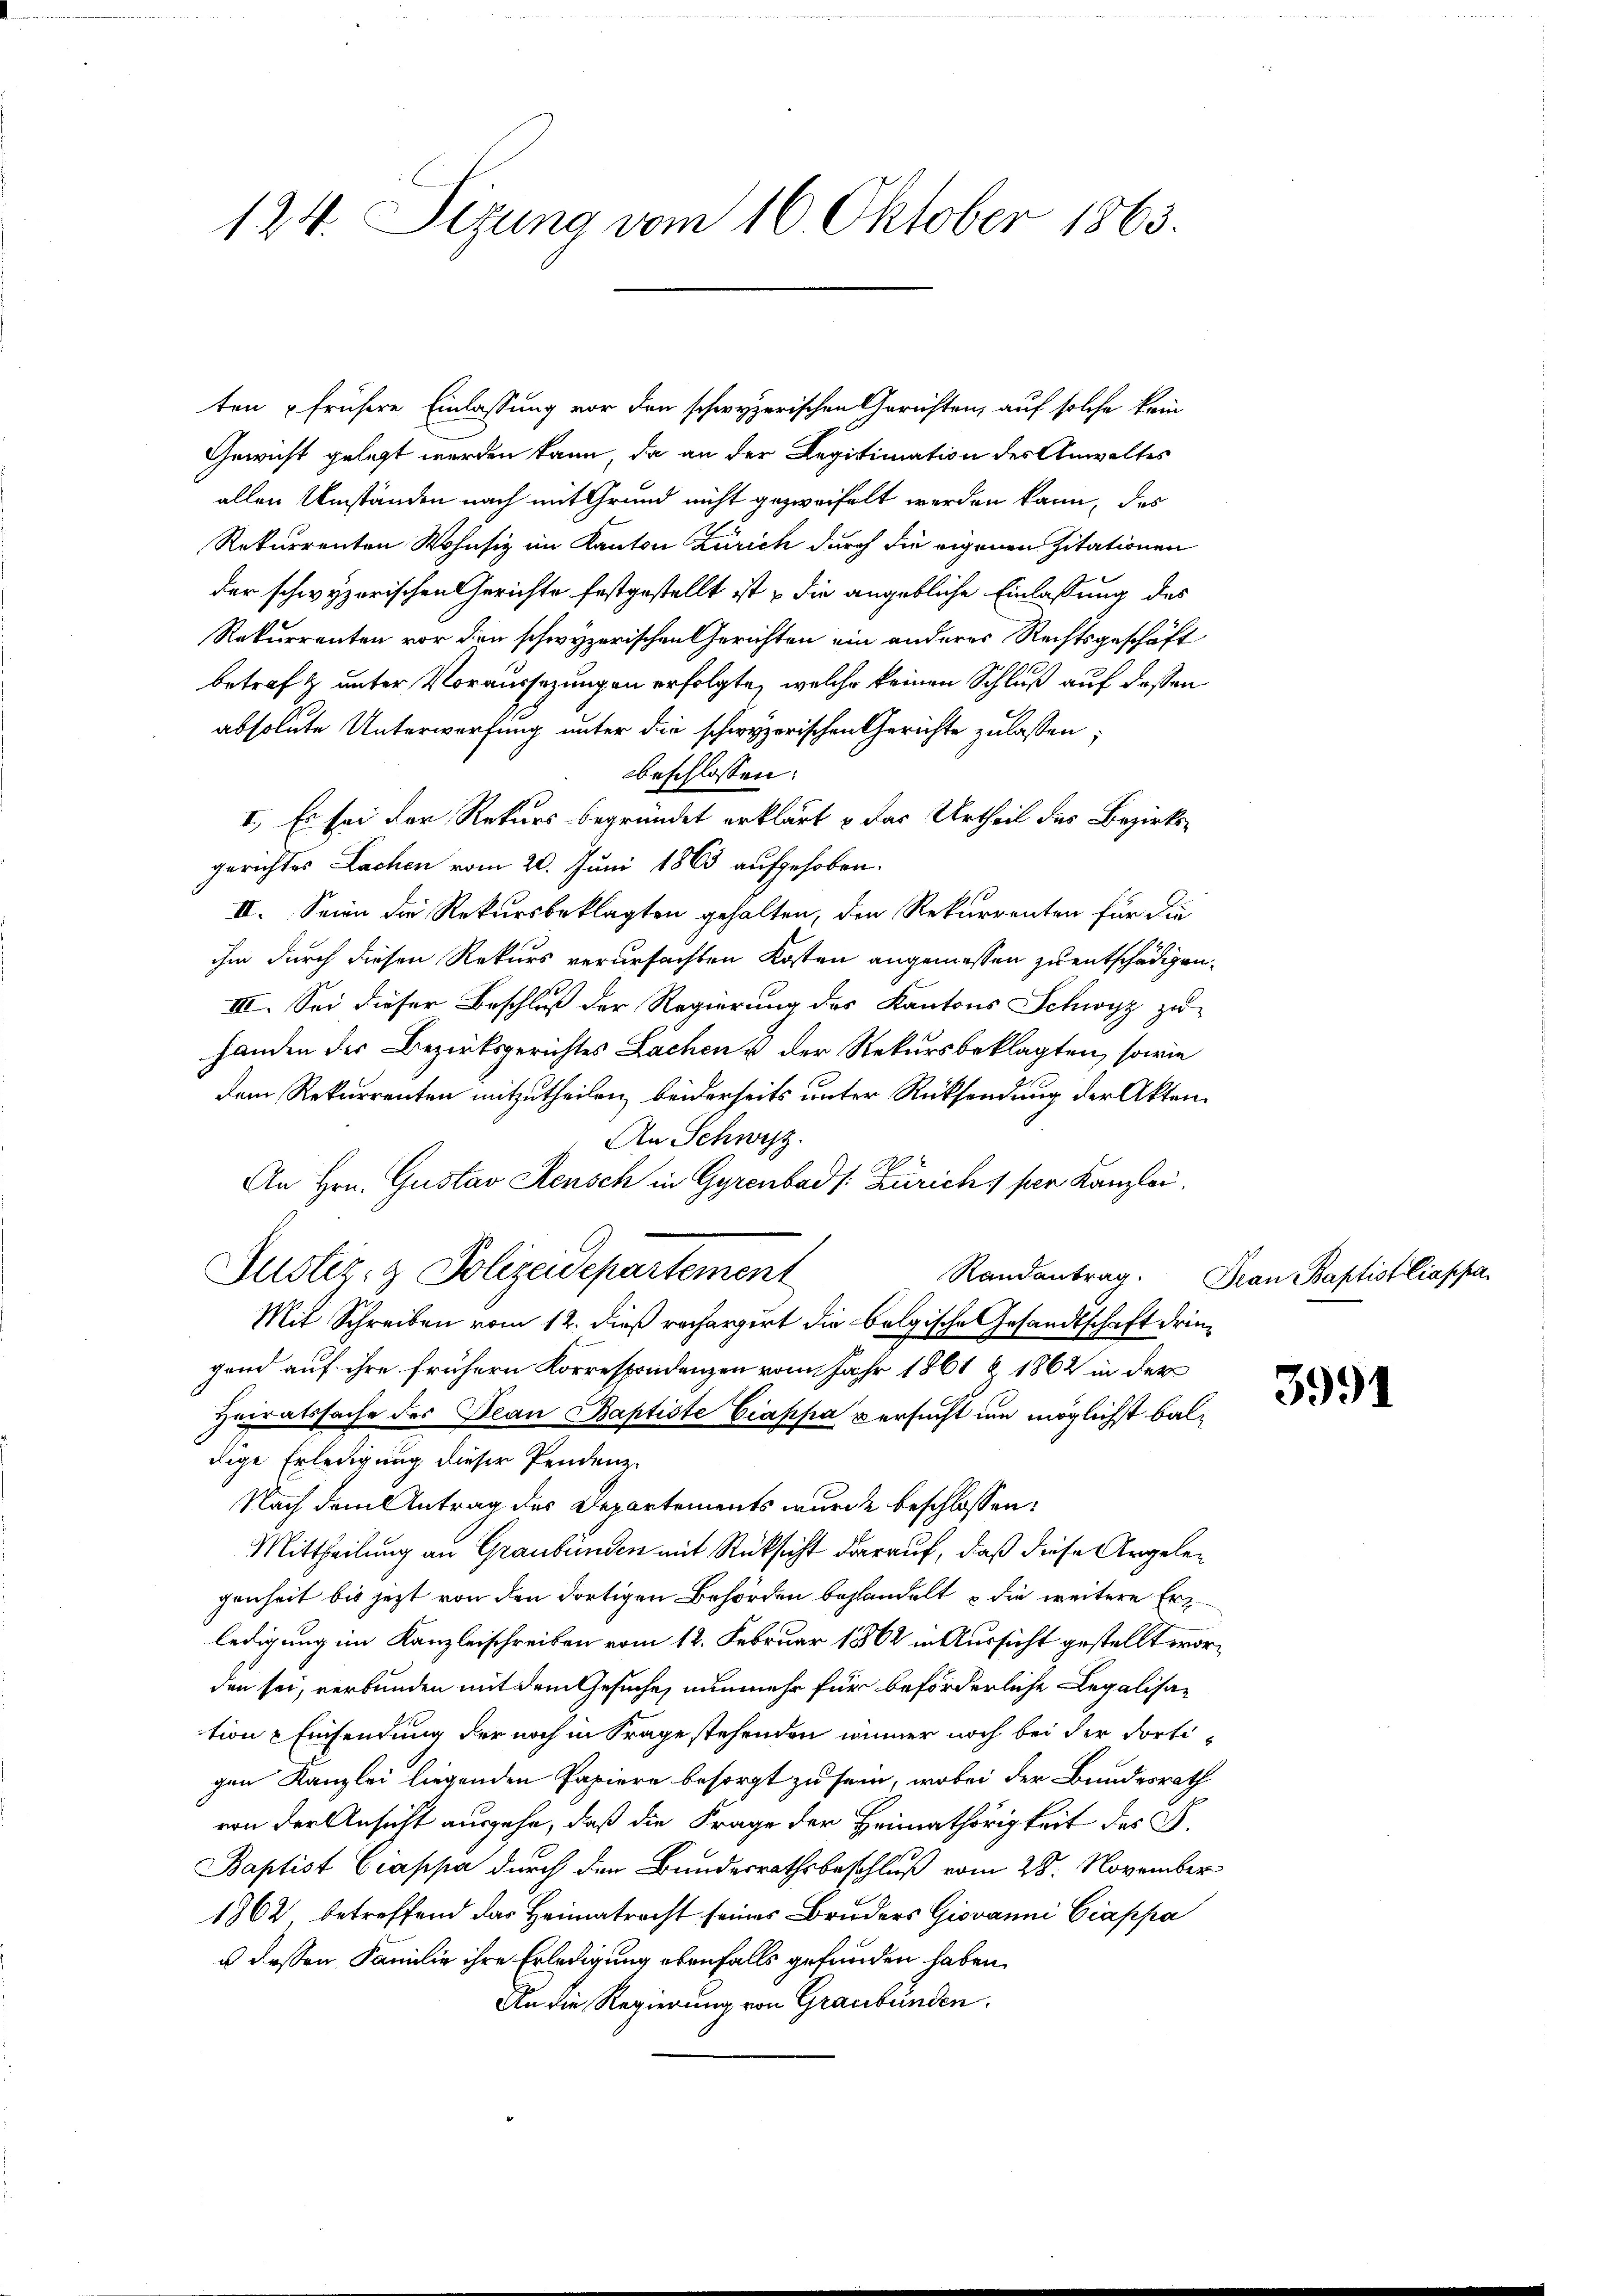
124. Sizung vom 16. Oktober 1863.

ten frühere Einlassung vor den schwyzerischen Gerichten, auf solche kein
Gewicht gelegt werden kann, da an der Legitimation des Anwaltes
allen Umständen nach mit Grund nicht gezweifelt werden kann, das
Rekurrenten Wohnsiz im Kanton Zürich durch die eigenen Zitationen
der schwyzerischen Gerichte festgestellt ist & die angebliche Einlassung des
Rekurrenten vor den schwyzerischen Gerichten ein anderes Rechtsgeschäft
betraf & unter Voraussezungen erfolgte, welche keinen Schluß auf dessen
absolute Unterwerfung unter die schwyzerischen Gerichte zulassen;
beschlossen:
I. Es sei der Rekurs begründet erklärt & das Urtheil des Bezirksgerichtes Lachen vom 20. Juni 1863 aufgehoben.
II. Seien die Rekursbeklagten gehalten, den Rekurrenten für die
ihm durch diesen Rekurs verursachten Kosten angemessen zu entschädigen.
III. Sei dieser Beschluß der Regierung des Kantons Schwyz zu
handen der Bezirksgerichtes Lachen u der Rekursbeklagten, sowie
dem Rekurrenten mitzutheilen, beiderseits unter Rücksendung der Akten
An Schwyz.
An Hrn. Gustav Rensch in Gyrenbad /: Zürich 1 per Kanzlei,
Justiz- & Polizeidepartement
Randantrag. Frau Baptist liappa
Mit Schreiben vom 12. dieß rechargirt die belgische Gesandtschaft dringend auf ihre frühern Korrespondenzen vom Jahr 1861 & 1862 in der
Heiratssache des Jean Baptiste Ciappa versucht um möglichst baldige Erledigung dieser Pendenz-
Nach dem Antrag des Departements wurde beschlossen:
Mittheilung an Graubünden mit Rücksicht darauf, daß diese Argelegenheit bis jetzt von den dortigen Behörden behandelt u die weitere Erz
ledigung im Kanzleischreiben vom 12. Februar 1862 in Aussicht gestellt worden sei, verbunden mit dem Gesuche, nunmehr für beförderliche Legalisation & Einsendung der noch in Frage stehenden immer noch bei der dortigen Kanzlei liegenden Papiere besorgt zu sein, wobei der Bundesrath
von der Ansicht ausgehe, daß die Frage der Heimathörigkeit des S.
Baptist Ciappa durch den Bundesrathsbeschluß vom 28. November
1862, betreffend das Heimatracht seines Bruders Giovanni Ciappa
u dessen Familie ihre Erledigung ebenfalls gefunden haben.
An die Regierung von Graubünden

3991